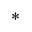
\ast